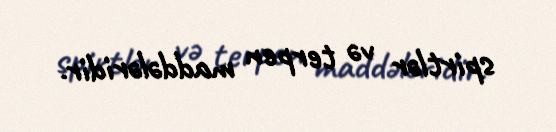
spirtlər və terpen maddələridir.